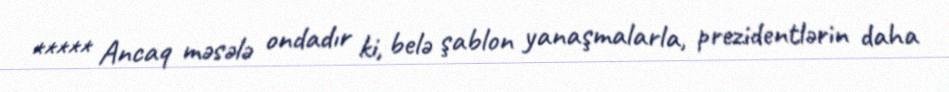
***** Ancaq məsələ ondadır ki, belə şablon yanaşmalarla, prezidentlərin daha